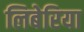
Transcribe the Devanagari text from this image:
लिबेरिया